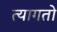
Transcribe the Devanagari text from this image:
त्यागतो